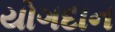
યોગદાન